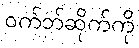
ဝက်ဘ်ဆိုက်ကို